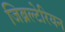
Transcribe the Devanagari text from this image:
जिब्रल्टेरियन